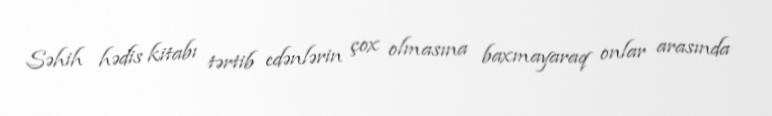
Səhih hədis kitabı tərtib edənlərin çox olmasına baxmayaraq onlar arasında